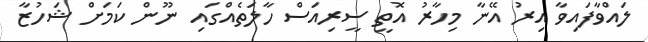
ލައްވާފައިވާ އިރު އޭނާ މިހާރު އޮތީ ސީރިއަސް ހާލަތެއްގައި ނޫން ކަމަށް ޝަހުޒާ